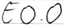
Text: E0.0